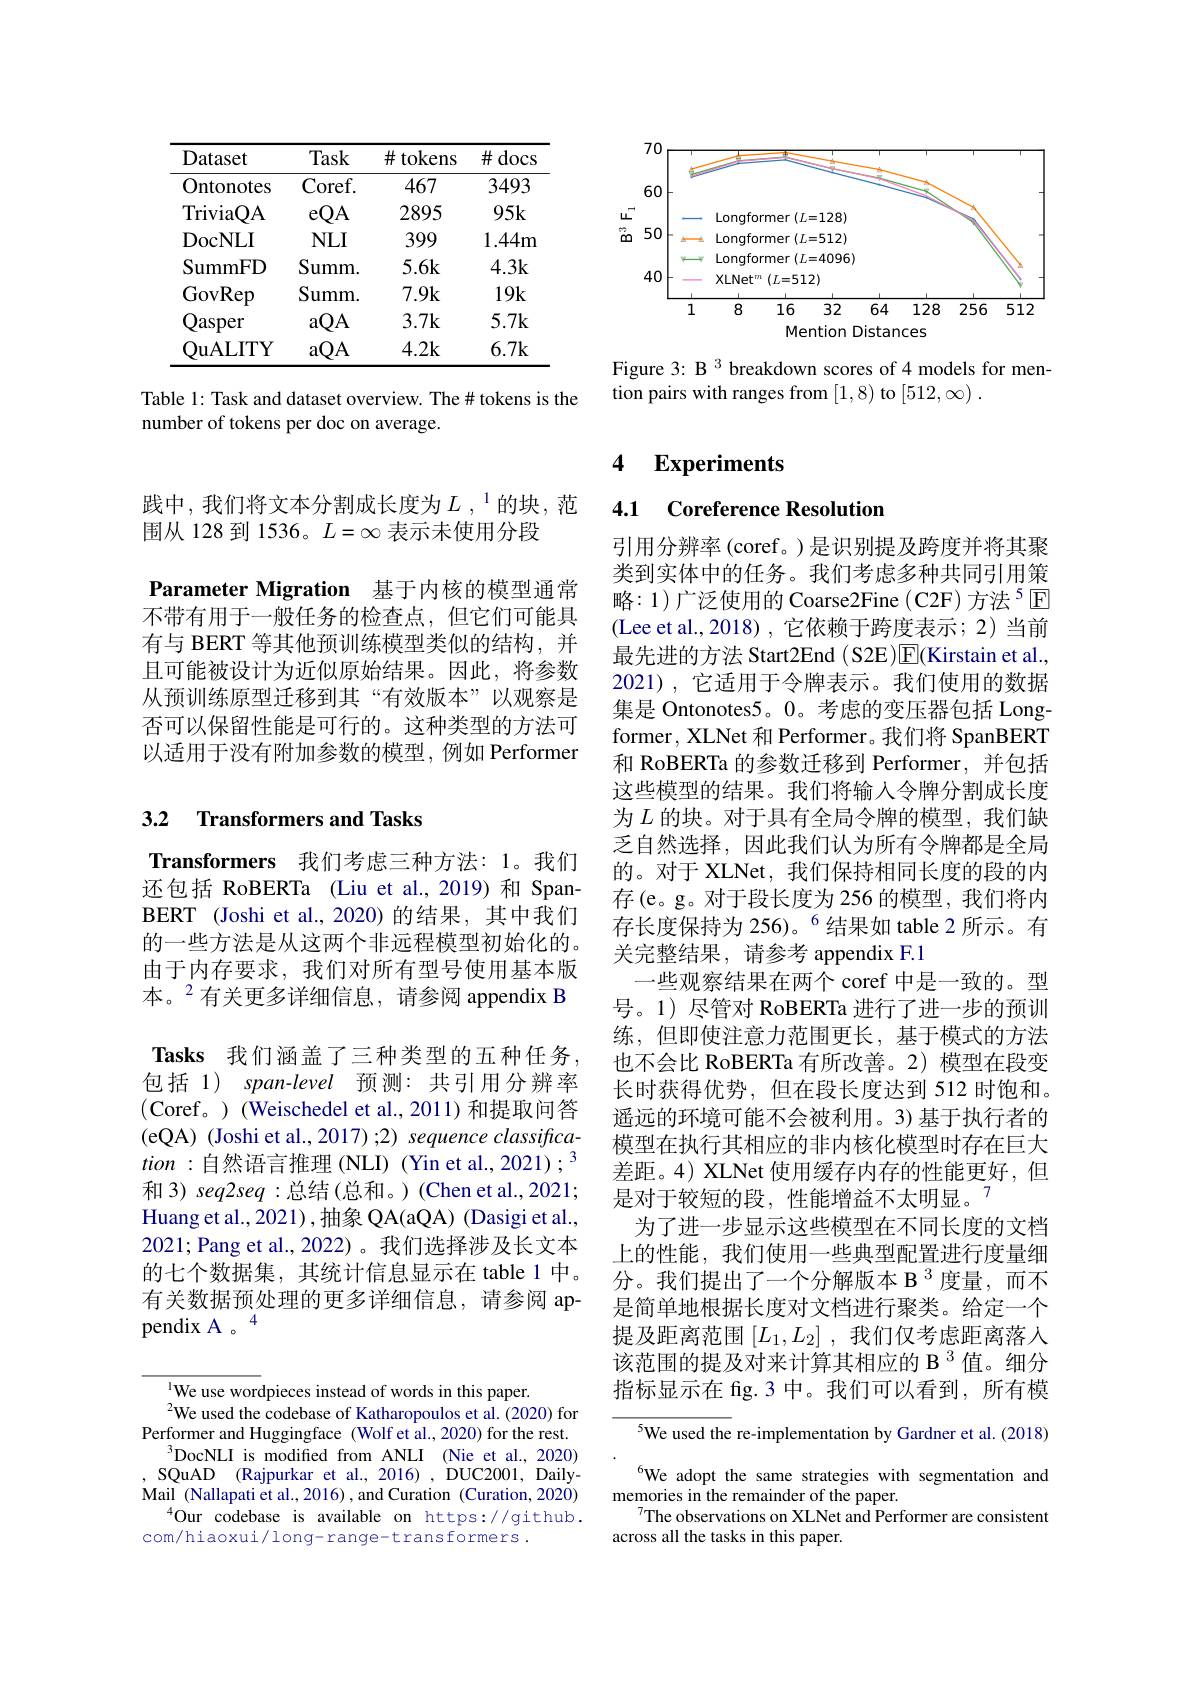
<table>
	<tbody>
		<tr>
			<th>Dataset</th>
			<th>Task</th>
			<th>$\#$ tokens</th>
			<th>$\#$docs</th>
		</tr>
		<tr>
			<td>Ontonotes</td>
			<td>$Coref.$</td>
			<td>467</td>
			<td>3493</td>
		</tr>
		<tr>
			<td>TriviaQA</td>
			<td>eQA</td>
			<td>2895</td>
			<td>$95k$</td>
		</tr>
		<tr>
			<td>DocNLI</td>
			<td>$NLI$</td>
			<td>399</td>
			<td>1.44m</td>
		</tr>
		<tr>
			<td>SummFD</td>
			<td>Summ. </td>
			<td>5.6k</td>
			<td>4.3k</td>
		</tr>
		<tr>
			<td>GovRep</td>
			<td>Summ. </td>
			<td>7.9k</td>
			<td>$19k$</td>
		</tr>
		<tr>
			<td>$\mathbf{Q};$ $\operatorname{asper}$</td>
			<td>aQA</td>
			<td>$3.7\mathbf{k}$</td>
			<td>5.7k</td>
		</tr>
		<tr>
			<td>QuALITY</td>
			<td>aQA</td>
			<td>4.2k</td>
			<td>6.7k</td>
		</tr>
	</tbody>
</table>

Table 1: Task and dataset overview. The# tokens is the
number of tokens per doc on average.

<FigureHere>

Figure 3: B 3 breakdown scores of 4 models for men-
tion pairs with ranges from [1,8) to $[512,\infty).$

践中，我们将文本分割成长度为$L\mathrm{~,~}^1$的块，范
围从 128 到 1536。$L=\infty$表示未使用分段
Parameter Migration 基于内核的模型通常不带有用于一般任务的检查点，但它们可能具有与 BERT 等其他预训练模型类似的结构，并且可能被设计为近似原始结果。因此，将参数从预训练原型迁移到其“有效版本”以观察是否可以保留性能是可行的。这种类型的方法可以适用于没有附加参数的模型，例如 Performer

## 3.2 Transformers and Tasks

$\textbf{Transformers}$ 我们考虑三种方法：1。我们还包括 RoBERTa (Liu et al.,2019) 和 SpanBERT (Joshi et al.,2020)的结果，其中我们的一些方法是从这两个非远程模型初始化的。由于内存要求，我们对所有型号使用基本版本。$^{2}$有关更多详细信息，请参阅 appendix B Tasks 我们涵盖了三种类型的五种任务包括 1) span-level 预测：共引用分辨率(Coref。)(Weischedel et al.,2011)和提取问答(eQA) (Joshi et al., 2017) ;2) sequence classifica- $tion:$自然语言推理(NLI) (Yin et al., 2021); 3和 3) seq2seq :总结 (总和。) (Chen et al.,2021; Huang et al., 2021),抽象 QA(aQA) (Dasigi et al., 2021; Pang et al., 2022) 。我们选择涉及长文本的七个数据集，其统计信息显示在 table 1 中。有关数据预处理的更多详细信息，请参阅 appendix A 。4

$^{\mathrm{l}}$We use wordpieces instead of words in this paper.
$^{2}$We used the codebase of Katharopoulos et al.(2020) for Performer and Huggingface (Wolf et al., 2020) for the rest.
$^{3}$DocNLI is modifed from ANLI (Nie et al., 2020) $, {\mathrm{SQuAD}}$ $( {\mathrm{Rajpurkar~et~al. , ~2016) ~, ~DUC2001, ~Daily- }}$ Mail (Nallapati et al., 2016) , and Curation (Curation, 2020)
$^{4}$Our codebase is available on https://github.
com/hiaoxui/long-range-transformers.

### 4 $\textbf{Experiments}$

4.1 Coreference Resolutior

引用分辨率(coref。)是识别提及跨度并将其聚类到实体中的任务。我们考虑多种共同引用策略：1)广泛使用的 Coarse2Fine ( C2F) 方法$^{5}$回(Lee et al.,2018),它依赖于跨度表示；2)当前最先进的方法 Start2End ( S2E )$\overline{\mathrm{F}}($Kirstain et al. 2021),它适用于令牌表示。我们使用的数据集是 Ontonotes5。0。考虑的变压器包括 Longformer, XLNet 和 Performer。我们将 SpanBERT 和 RoBERTa 的参数迁移到 Performer, 并包括这些模型的结果。我们将输入令牌分割成长度为$L$的块。对于具有全局令牌的模型，我们缺乏自然选择，因此我们认为所有令牌都是全局的。对于 XLNet, 我们保持相同长度的段的内存(e。g。对于段长度为 256 的模型，我们将内存长度保持为 256)。$^{6}$结果如 table 2 所示。有关完整结果，请参考 appendix F.1
一些观察结果在两个 coref 中是一致的。型号。1) 尽管对 RoBERTa 进行了进一步的预训练，但即使注意力范围更长，基于模式的方法也不会比 RoBERTa 有所改善。2)模型在段变长时获得优势，但在段长度达到 512 时饱和。遥远的环境可能不会被利用。3)基于执行者的模型在执行其相应的非内核化模型时存在巨大差距。4) XLNet 使用缓存内存的性能更好，但是对于较短的段，性能增益不太明显。7
为了进一步显示这些模型在不同长度的文档上的性能，我们使用一些典型配置进行度量细分。我们提出了一个分解版本 B $^3$度量，而不是简单地根据长度对文档进行聚类。给定一个提及距离范围$[L_1,L_2]$ ,我们仅考虑距离落人该范围的提及对来计算其相应的 B $^{3}$值。细分指标显示在 fig.3 中。我们可以看到，所有模

5We used the re-implementation by Gardner et al. (2018) We adopt the same strategies with segmentation and
memories in the remainder of the paper.
The observations on XLNet and Performer are consistent
across all the tasks in this paper.